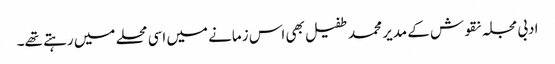
ادبی مجلہ نقوش کے مدیر محمد طفیل بھی اس زمانے میں اسی محلے میں رہتے تھے۔